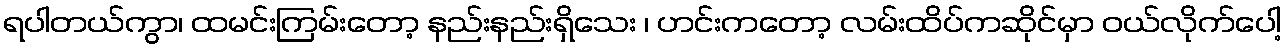
ရပါတယ်ကွာ၊ ထမင်းကြမ်းတော့ နည်းနည်းရှိသေး ၊ ဟင်းကတော့ လမ်းထိပ်ကဆိုင်မှာ ဝယ်လိုက်ပေါ့